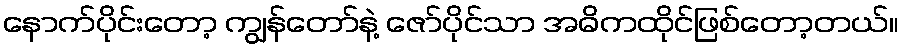
နောက်ပိုင်းတော့ ကျွန်တော်နဲ့ ဇော်ပိုင်သာ အဓိကထိုင်ဖြစ်တော့တယ်။